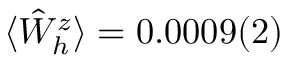
\langle \hat { W } _ { h } ^ { z } \rangle = 0 . 0 0 0 9 ( 2 )